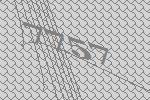
7757